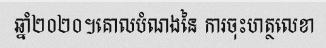
ឆ្នាំ២០២០។គោលបំណងនៃ ការចុះហត្ថលេខា